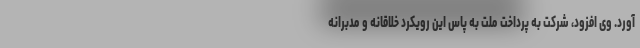
آورد. وی افزود، شرکت به پرداخت ملت به پاس این رویکرد خلاقانه و مدبرانه